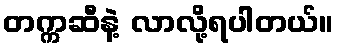
တက္ကဆီနဲ့ လာလို့ရပါတယ်။